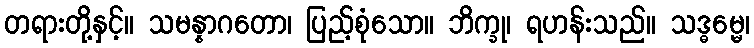
တရားတို့နှင့်။ သမန္နာဂတော၊ ပြည့်စုံသော။ ဘိက္ခု၊ ရဟန်းသည်။ သဒ္ဓမ္မေ၊